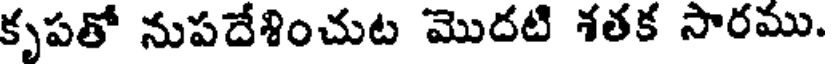
కృపతో నుపదేశించుట మొదటి శతక సారము.